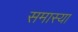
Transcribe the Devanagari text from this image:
समास्या